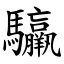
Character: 䯁